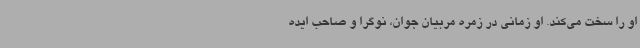
او را سخت می‌کند. او زمانی در زمره مربیان جوان، نوگرا و صاحب ایده